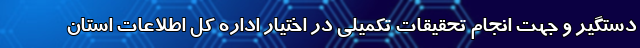
دستگیر و جهت انجام تحقیقات تکمیلی در اختیار اداره کل اطلاعات استان